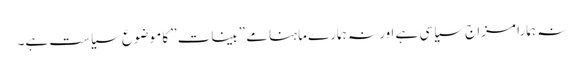
نہ ہمارا مزاج سیاسی ہے اور نہ ہمارے ماہنامے ”بینات” کا موضوع سیاست ہے۔